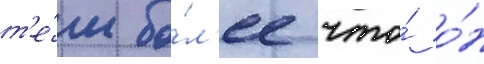
т'е́м бо́л'ее что́ о́н